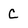
Character: C